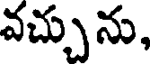
వచ్చును,